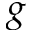
g